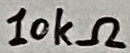
Text: 10kΩ